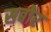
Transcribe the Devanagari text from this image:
सबोर